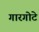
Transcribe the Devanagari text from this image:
गारगोटे